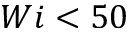
W i < 5 0